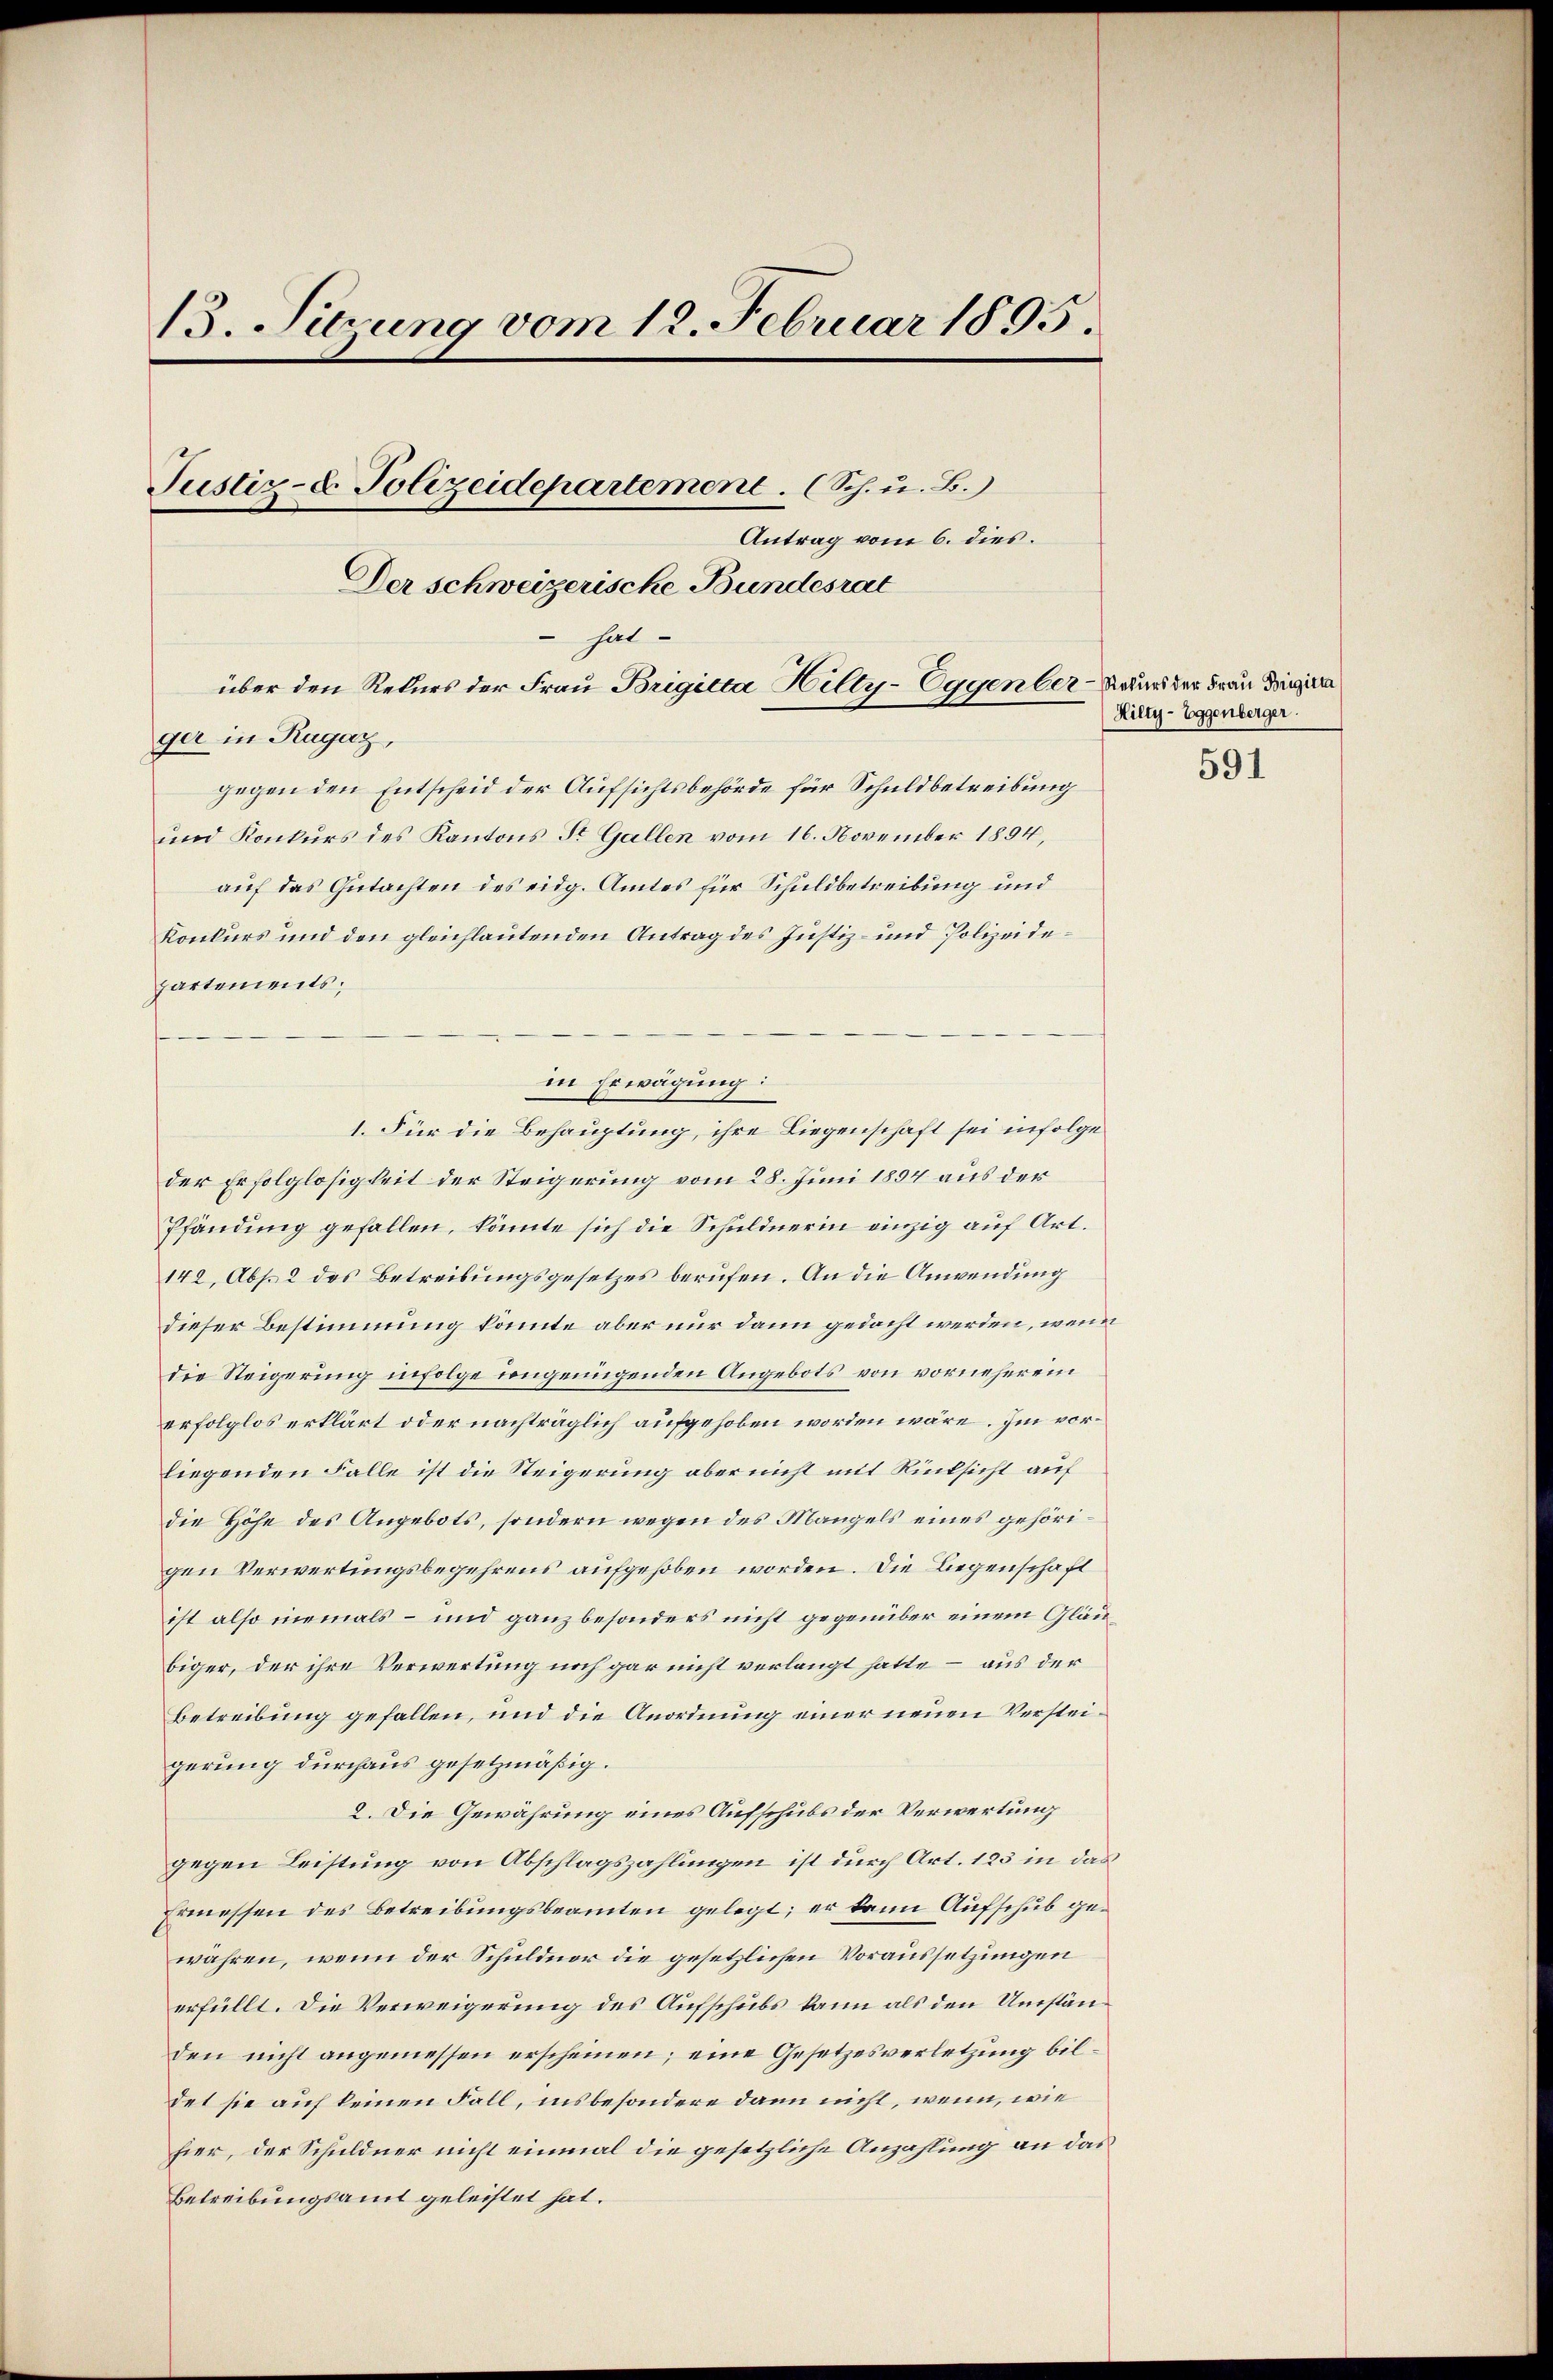
13. Sirung vom 12. Februar 1895.
Justiz-E. Polizeidepartement. (Sch. u. B.)
Antrag vom 6. dies.
Der schweizerische Bundesrat
hat
über den Rekurs der Frau Brigitta Hilty-Eggenber Baur der Frau Dringi
ger in Ragaz,
gegen den Entscheid der Aufsichtsbehörde für Schuldbetreibung
und Konkurs des Kantons St. Gallen vom 16. November 1894,
auf das Gutachten des eidg. Amtes für Schuldbetreibung und

Konkurs und den gleichlautenden Antrag des Justiz- und Polizeideder Erfolglosigkeit der Steigerung vom 28. Juni 1894 aus der
Pfändung gefallen, könnte sich die Schuldnerin einzig auf Art.
142, Abs. 2 des Betreibungsgesetzes berufen. An die Anwendung
dieser Bestimmung könnte aber nur dann gedacht werden, wenn
die Steigerung infolge ungenügenden Angebots von vorneherein
erfolglos erklärt oder nachträglich aufgehoben worden wäre. Im vorliegenden Falle ist die Steigerung aber nicht mit Rücksicht auf
die Höhe des Angebots, sondern wegen des Mangels eines gehörigen Verwertungsbegehrens aufgehoben worden. Die Liegenschaft
ist also niemals – und ganz besonders nicht gegenüber einem Gläubiger, der ihre Verwertung noch gar nicht verlangt hatte – aus der
Betreibung gefallen, und die Anordnung einer neuen Versteigerung durchaus gesetzmäßig.
2. Die Gewährung eines Aufschubs der Verwertung
gegen Leistung von Abschlagszahlungen ist durch Art. 123 in das
Ermessen des Betreibungsbeamten gelegt; er kann Aufschub gewähren, wenn der Schuldner die gesetzlichen Voraussetzungen
erfüllt. Die Verweigerung des Aufschubs kann als den Umständen nicht angemessen erscheinen; eine Gesetzesverletzung bildet sie auf keinen Fall, insbesondere dann nicht, wenn, wie
hier, der Schuldner nicht einmal die gesetzliche Anzahlung an das
Betreibungsamt geleistet hat.

partements.

1. Für die Behauptung, ihre Liegenschaft sei infolge

in Erwägung:

Hilty - Eggenberger
591